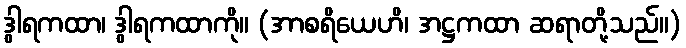
ဒွါရကထာ၊ ဒွါရကထာကို။ (အာစရိယေဟိ၊ အဋ္ဌကထာ ဆရာတို့သည်။)